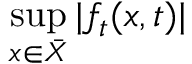
\operatorname* { s u p } _ { x \in { \bar { X } } } | f _ { t } ( x , t ) |